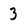
Character: 3